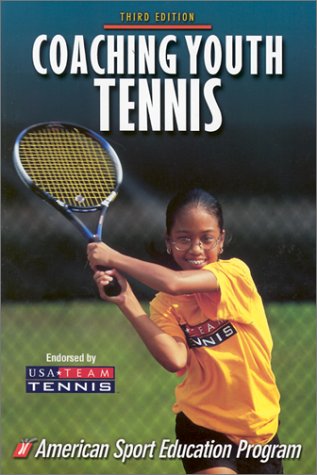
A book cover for Coaching Youth Tennis - 3rd Edition (Coaching Youth Series); American Sport Education Program; Sports & Outdoors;